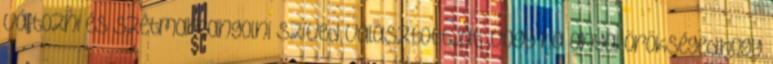
változni és szétmarcangolni szíved választottját ,vagy ha anyai örökséged,hogy